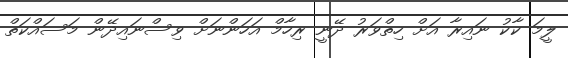
ލީމަ ކާކު ނައިރާ އަށް ހިތްވަރު ދޭނީ ރިހާމްް އަހަންނަށް ވިސްނައިދޭން މަސައްކަތް